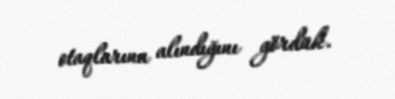
otaqlarına alındığını gördük.